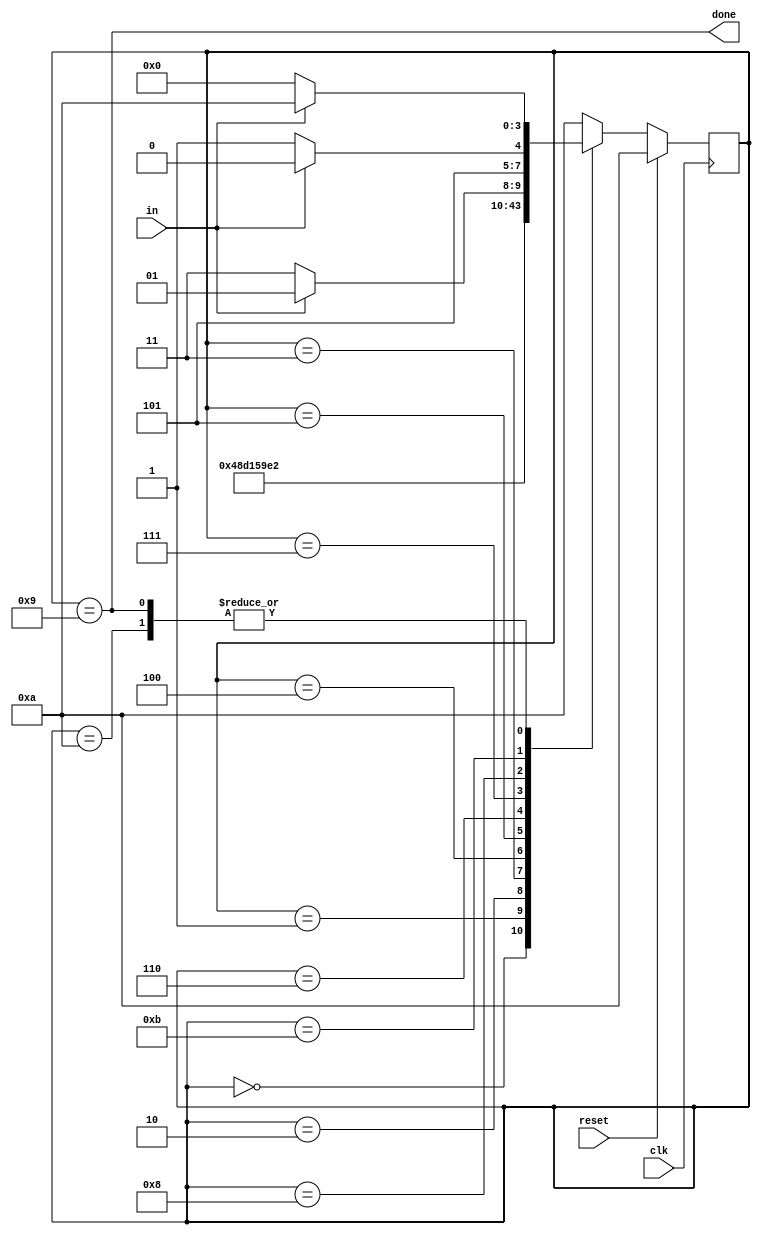
module top_module(
    input clk,
    input in,
    input reset,    // Synchronous reset
    output done
); 

    parameter start=0, bit1=1, bit2=2, bit3=3, bit4=4, bit5=5, bit6=6, bit7=7, bit8=8, stop=9, idle=10, WAIT=11;
    reg [3:0] state, nextstate;
    
    always @(*) begin
        case (state)
            start: nextstate = bit1;
            bit1: nextstate = bit2;
            bit2: nextstate = bit3;
            bit3: nextstate = bit4;
            bit4: nextstate = bit5;
            bit5: nextstate = bit6;
            bit6: nextstate = bit7;
            bit7: nextstate = bit8;
            bit8: nextstate = in ? stop : WAIT;
            WAIT: nextstate = in ? idle : WAIT;
            stop: nextstate = in ? idle : start;
            idle: nextstate = in ? idle : start;
            default: nextstate = idle;
        endcase
    end
    
    always @(posedge clk) begin
        if (reset) state <= idle;
        else state <= nextstate;
    end
    
    assign done = (state == stop);
    
endmodule